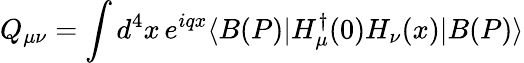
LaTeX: Q_{\mu\nu}=\int d^{4}x\, e^{iqx}\langle B(P)|H_{\mu}^{\dagger}(0)H_{\nu}(x)|B(P)\rangle